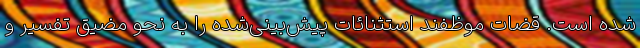
شده است. قضات موظفند استثنائات پیش‌بینی‌شده را به نحو مضیق تفسیر و